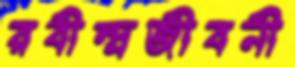
রবীন্দ্রজীবনী